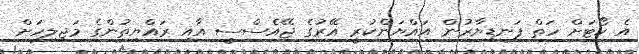
އެ ކޯޓަށް ހަތް ފަނޑިޔާރުން އައްޔަންކުރީ އޭރުގެ ޖޭއެސްސީ އާއި ރައްޔިތުންގެ މަޖިލިހަށް